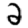
Digit: 2